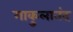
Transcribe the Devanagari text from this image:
गाकुलानंद